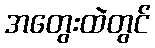
အတွေးထဲတွင်